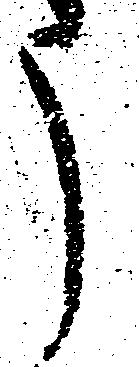
う